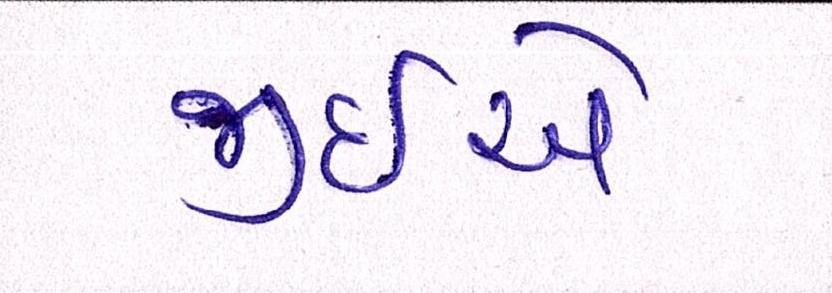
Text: જીઇએ